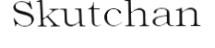
Skutchan